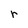
Character: r